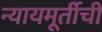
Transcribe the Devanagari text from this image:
न्यायमूर्तीची